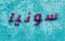
سونيا